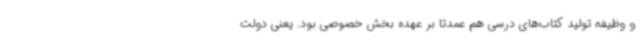
و وظیفه تولید کتاب‌های درسی هم عمدتا بر عهده بخش خصوصی بود. یعنی دولت